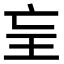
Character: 𤣴